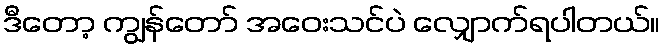
ဒီတော့ ကျွန်တော် အဝေးသင်ပဲ လျှောက်ရပါတယ်။